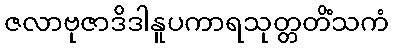
ဇလာဗုဇာဒိဒါနူပကာရသုတ္တတိံသကံ